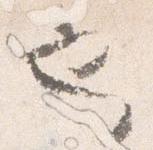
也